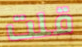
قلت